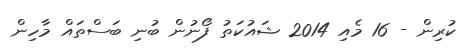
ކުރިން - 16 މެއި 2014 ޝައުކަތު ފޯނުން ބުނި ބަސްތައް މާހިން